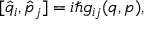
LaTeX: [ \hat { q } _ { i } , \hat { p } _ { j } ] = i \hbar g _ { i j } ( q , p ) ,